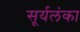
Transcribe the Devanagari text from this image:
सूर्यलंका